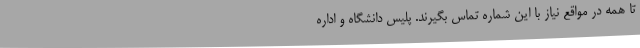
تا همه در مواقع نیاز با این شماره تماس بگیرند. پلیس دانشگاه و اداره